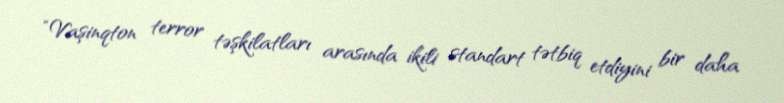
“Vaşinqton terror təşkilatları arasında ikili standart tətbiq etdiyini bir daha